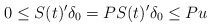
\begin{align*}0 \le S(t)' \delta_0 = P S(t)' \delta_0 \le P u\end{align*}